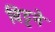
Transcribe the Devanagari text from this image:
विट्टने